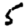
Digit: 5